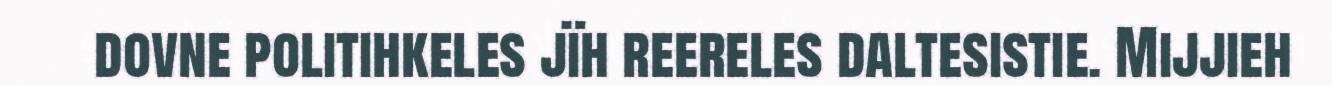
dovne politihkeles jïh reereles daltesistie. Mijjieh